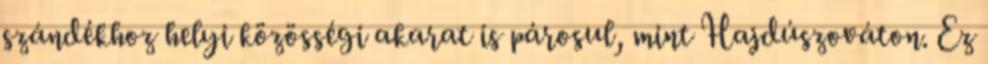
szándékhoz helyi közösségi akarat is párosul, mint Hajdúszováton. Ez